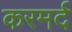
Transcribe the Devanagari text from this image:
करमर्द